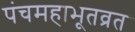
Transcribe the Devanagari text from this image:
पंचमहाभूतव्रत